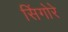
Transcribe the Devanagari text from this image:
सिंगोरे